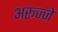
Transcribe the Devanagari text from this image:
अरूज्जे